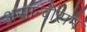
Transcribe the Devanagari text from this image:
असान्बोसम